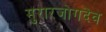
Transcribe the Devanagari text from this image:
मुरारजोगदेव